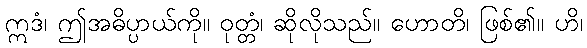
ဣဒံ၊ ဤအဓိပ္ပာယ်ကို။ ဝုတ္တံ၊ ဆိုလိုသည်။ ဟောတိ၊ ဖြစ်၏။ ဟိ၊